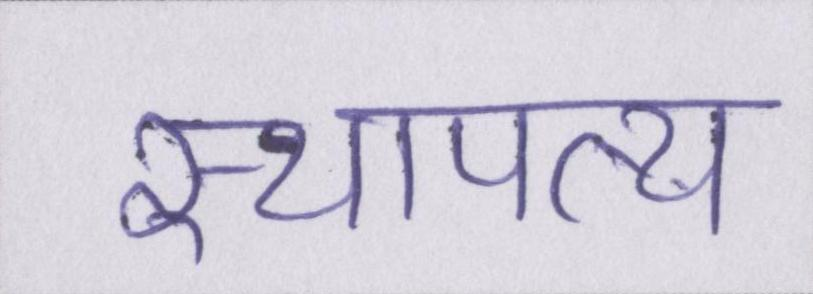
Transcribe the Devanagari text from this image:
स्थापत्य